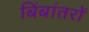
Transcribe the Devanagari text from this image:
बिंबांतरों